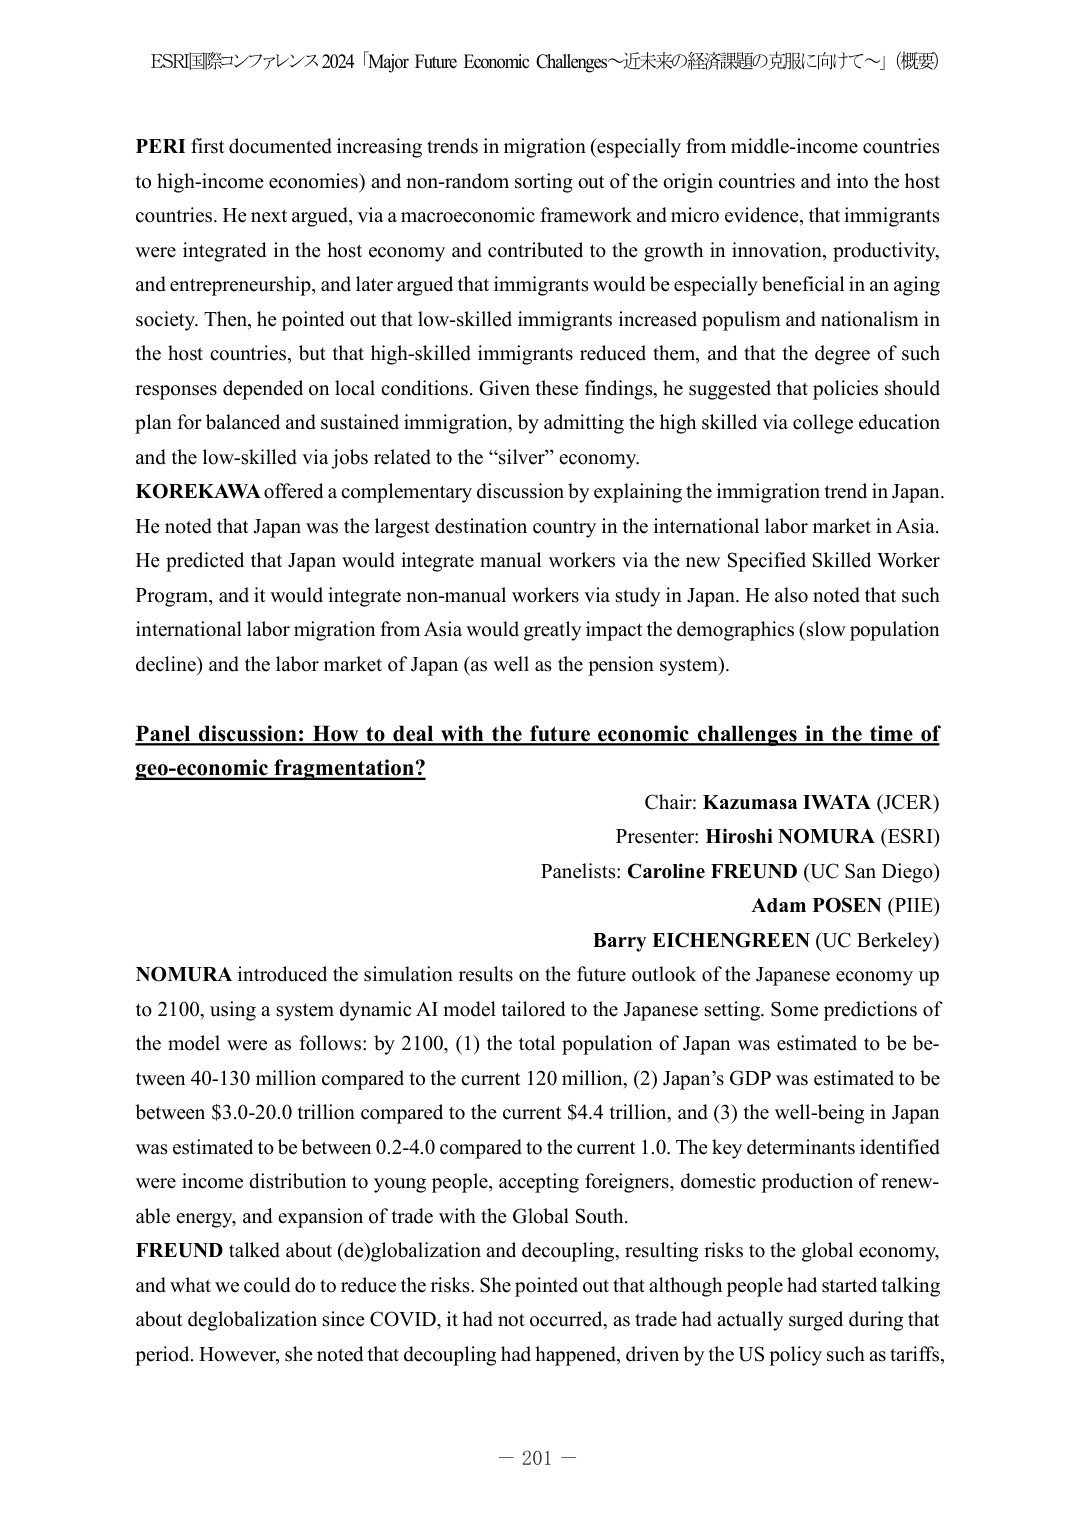
ESRI国際コンファレンス2024「Major Future Economic Challenges～近未来の経済課題の克服に向けて～」（概要）

PERI first documented increasing trends in migration (especially from middle-income countries to high-income economies) and non-random sorting out of the origin countries and into the host countries. He next argued, via a macroeconomic framework and micro evidence, that immigrants were integrated in the host economy and contributed to the growth in innovation, productivity, and entrepreneurship, and later argued that immigrants would be especially beneficial in an aging society. Then, he pointed out that low-skilled immigrants increased populism and nationalism in the host countries, but that high-skilled immigrants reduced them, and that the degree of such responses depended on local conditions. Given these findings, he suggested that policies should plan for balanced and sustained immigration, by admitting the high skilled via college education and the low-skilled via jobs related to the “silver” economy.

KOREKAWA offered a complementary discussion by explaining the immigration trend in Japan. He noted that Japan was the largest destination country in the international labor market in Asia. He predicted that Japan would integrate manual workers via the new Specified Skilled Worker Program, and it would integrate non-manual workers via study in Japan. He also noted that such international labor migration from Asia would greatly impact the demographics (slow population decline) and the labor market of Japan (as well as the pension system).

Panel discussion: How to deal with the future economic challenges in the time of geo-economic fragmentation?

Chair: Kazumasa IWATA (JICER)
Presenter: Hiroshi NOMURA (ESRI)
Panelists: Caroline FREUND (UC San Diego)
Adam POSEN (PIIE)
Barry EICHENGREEN (UC Berkeley)

NOMURA introduced the simulation results on the future outlook of the Japanese economy up to 2100, using a system dynamic AI model tailored to the Japanese setting. Some predictions of the model were as follows: by 2100, (1) the total population of Japan was estimated to be between 40-130 million compared to the current 120 million, (2) Japan’s GDP was estimated to be between $3.0-20.0 trillion compared to the current $4.4 trillion, and (3) the well-being in Japan was estimated to be between 0.2-4.0 compared to the current 1.0. The key determinants identified were income distribution to young people, accepting foreigners, domestic production of renewable energy, and expansion of trade with the Global South.

FREUND talked about (de)globalization and decoupling, resulting risks to the global economy, and what we could do to reduce the risks. She pointed out that although people had started talking about deglobalization since COVID, it had not occurred, as trade had actually surged during that period. However, she noted that decoupling had happened, driven by the US policy such as tariffs,

－ 201 －